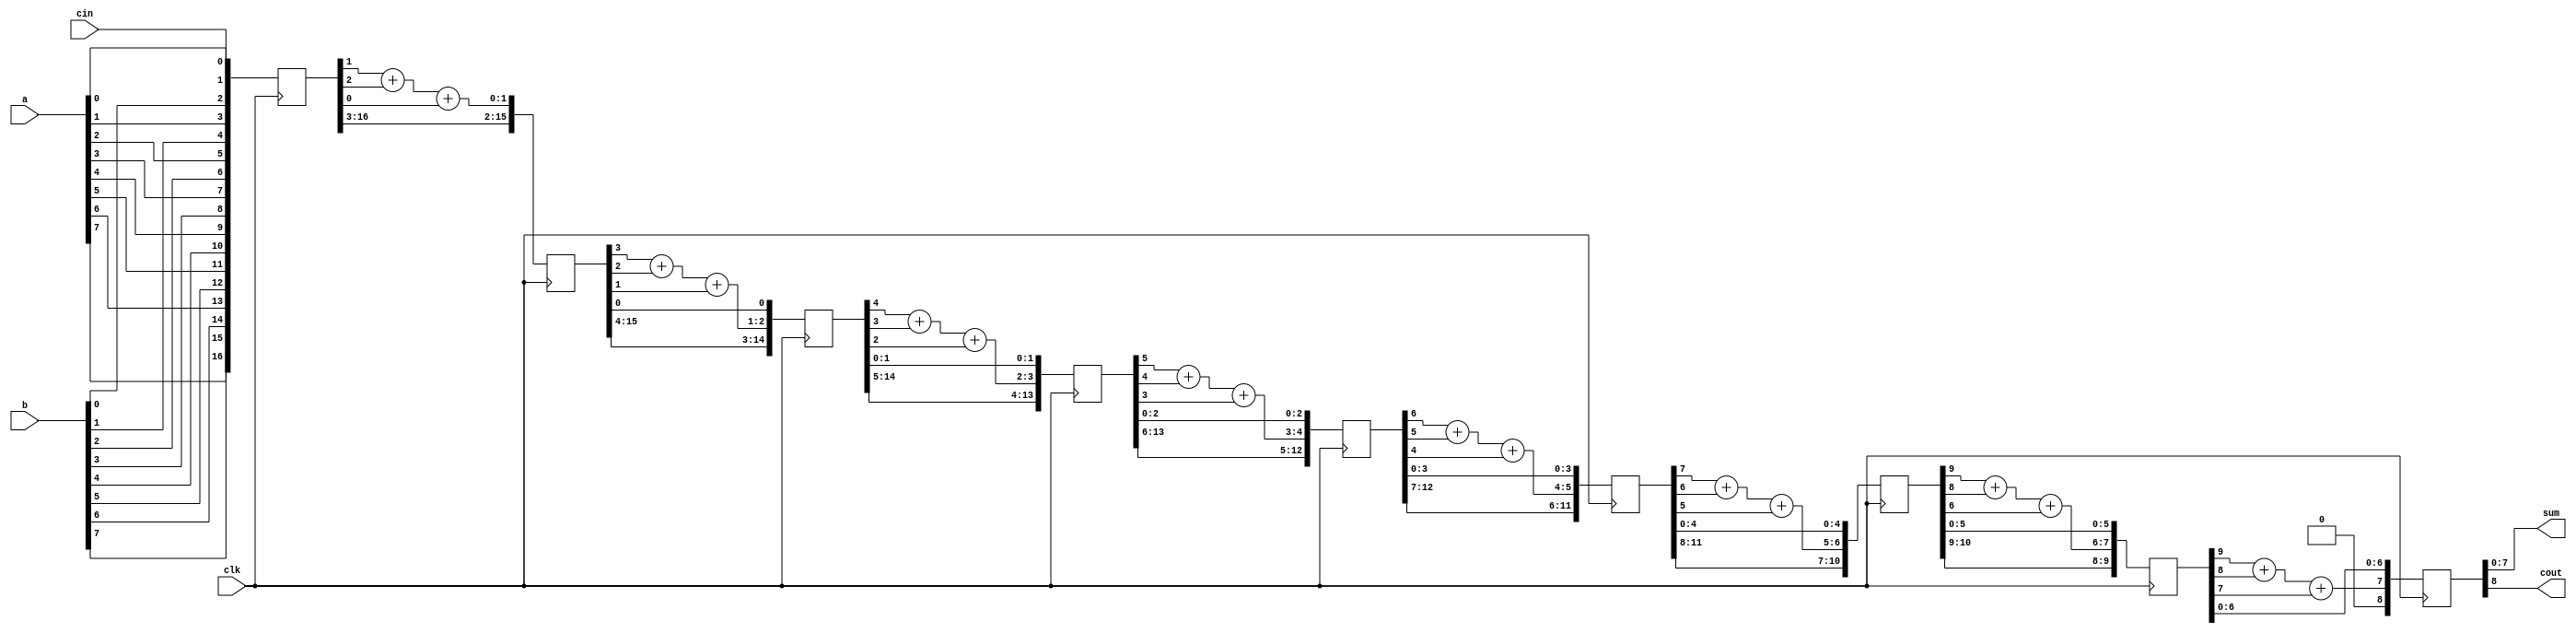
module rca_pipe_2bit(a,b,cin,clk,sum,cout);
  input [7:0] a,b;
  input cin,clk;
  output [7:0] sum;
  output cout;
  // Initializing registers for pipeline
  reg [16:0] ir;		//input reg for saving inputs
  reg [15:0] pr1;		//pipeline reg 1 for stage 1
  reg [14:0] pr2;		//pipeline reg 2 for stage 2
  reg [13:0] pr3;		//pipeline reg 3 for stage 3
  reg [12:0] pr4;		//pipeline reg 4 for stage 4
  reg [11:0] pr5;		//pipeline reg 5 for stage 5
  reg [10:0] pr6;		//pipeline reg 6 for stage 6
  reg [9:0]  pr7;		//pipeline reg 7 for stage 7
  reg [8:0]  OR;		//output reg to store output of last stage
  assign {cout,sum} = OR;	//assigning content of output reg to our outputs
  always @(posedge clk) begin
  	//mapping our inputs to bits of input registers so that we can easily use them i.e {a,b,c} -> input reg at a posedge of clock
    ir[0] <= cin;
    ir[1] <= a[0];ir[3] <= a[1];ir[5] <= a[2];ir[7] <= a[3];ir[9] <= a[4];ir[11] <= a[5];ir[13] <= a[6];ir[15] <= a[7];
    ir[2] <= b[0];ir[4] <= b[1];ir[6] <= b[2];ir[8] <= b[3];ir[10] <=b[4];ir[12] <= b[5];ir[14] <= b[6];ir[16] <= b[7];
    //forwarding the pipeline stage data to next stage at a posedge of clock
    pr1[15:2]<= ir[16:3];
    pr2[14:3]<= pr1[15:4];	pr2[0]		<= pr1[0];
    pr3[13:4]<= pr2[14:5];	pr3[1:0]	<= pr2[1:0];
    pr4[12:5]<= pr3[13:6];	pr4[2:0]	<= pr3[2:0];
    pr5[11:6]<= pr4[12:7];	pr5[3:0]	<= pr4[3:0];
    pr6[10:7]<= pr5[11:8];	pr6[4:0]	<= pr5[4:0];
    pr7[9:8] <= pr6[10:9];	pr7[5:0]	<= pr6[5:0];
    //Performing addition on each stage at a posedge of clock
    pr1[1:0] <= ir[1]  +ir[2]  + ir[0];
    pr2[2:1] <= pr1[3] +pr1[2] + pr1[1];
    pr3[3:2] <= pr2[4] +pr2[3] + pr2[2];
    pr4[4:3] <= pr3[5] +pr3[4] + pr3[3];
    pr5[5:4] <= pr4[6] +pr4[5] + pr4[4];
    pr6[6:5] <= pr5[7] +pr5[6] + pr5[5];
    pr7[7:6] <= pr6[9] +pr6[8] + pr6[6];
    //Performing addition at last stage and putting our output to our output register i.e OR
    OR		 <= { pr7[9]+pr7[8]+pr7[7],pr7[6:0]};
  end
 endmodule